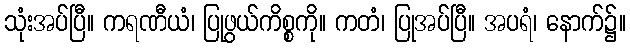
သုံးအပ်ပြီ။ ကရဏီယံ၊ ပြုဖွယ်ကိစ္စကို။ ကတံ၊ ပြုအပ်ပြီ။ အပရံ၊ နောက်၌။